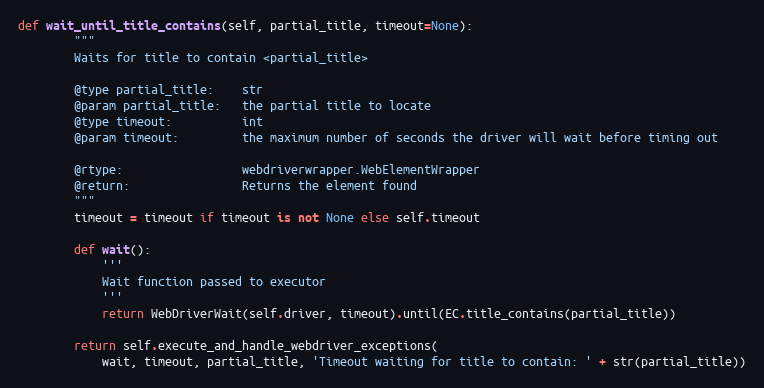
Language: Python
def wait_until_title_contains(self, partial_title, timeout=None):
        """
        Waits for title to contain <partial_title>

        @type partial_title:    str
        @param partial_title:   the partial title to locate
        @type timeout:          int
        @param timeout:         the maximum number of seconds the driver will wait before timing out

        @rtype:                 webdriverwrapper.WebElementWrapper
        @return:                Returns the element found
        """
        timeout = timeout if timeout is not None else self.timeout

        def wait():
            '''
            Wait function passed to executor
            '''
            return WebDriverWait(self.driver, timeout).until(EC.title_contains(partial_title))

        return self.execute_and_handle_webdriver_exceptions(
            wait, timeout, partial_title, 'Timeout waiting for title to contain: ' + str(partial_title))